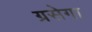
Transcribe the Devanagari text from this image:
ग्रसेगा